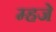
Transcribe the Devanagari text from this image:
म्हजे